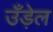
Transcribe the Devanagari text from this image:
उँड़ेल